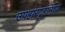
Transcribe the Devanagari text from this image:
उपहारगृहांमध्ये